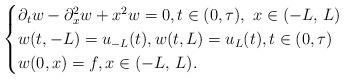
LaTeX: \begin{align*}\begin{cases}\partial_t w -\partial_x^2w + x^2 w = 0 , t\in (0, \tau),\ x \in (-L, \, L) \\w(t, -L)=u_{-L}(t), w(t, L)=u_L(t), t\in (0, \tau) \\w(0, x)=f, x \in (-L, \, L).\end{cases}\end{align*}